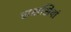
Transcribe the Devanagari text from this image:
राक्षसियां